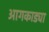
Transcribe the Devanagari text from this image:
आगकाड्या